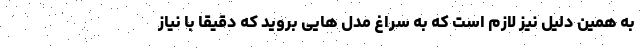
به همین دلیل نیز لازم است که به سراغ مدل هایی بروید که دقیقا با نیاز